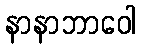
နာနာဘာဝေါ